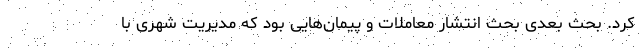
کرد. بحث بعدی بحث انتشار معاملات و پیمان‌هایی بود که مدیریت شهری با